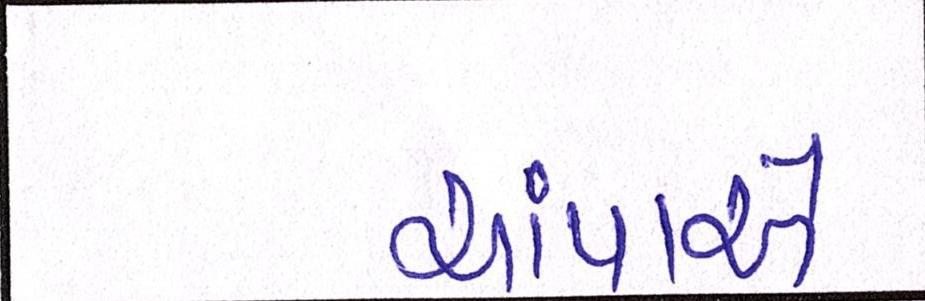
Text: ચાંપાએ